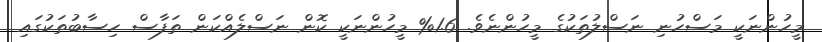
މީހުންނަކީ މަސްހުނި ނަސްލުތަކުގެ މީހުންނެވެ. 1.6% މީހުންނަކީ ކޮން ނަސްލެއްކަން ތަފާސް ހިސާބުތަކުގައި